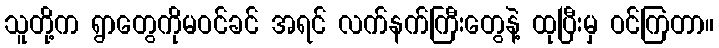
သူတို့က ရွာတွေကိုမဝင်ခင် အရင် လက်နက်ကြီးတွေနဲ့ ထုပြီးမှ ဝင်ကြတာ။